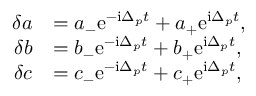
\begin{array} { r l } { \delta a } & { = a _ { - } \mathrm { e } ^ { - \mathrm { i } \Delta _ { p } t } + a _ { + } \mathrm { e } ^ { \mathrm { i } \Delta _ { p } t } , } \\ { \delta b } & { = b _ { - } \mathrm { e } ^ { - \mathrm { i } \Delta _ { p } t } + b _ { + } \mathrm { e } ^ { \mathrm { i } \Delta _ { p } t } , } \\ { \delta c } & { = c _ { - } \mathrm { e } ^ { - \mathrm { i } \Delta _ { p } t } + c _ { + } \mathrm { e } ^ { \mathrm { i } \Delta _ { p } t } , } \end{array}